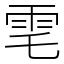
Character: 䨋